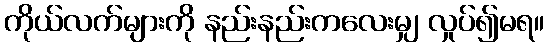
ကိုယ်လက်များကို နည်းနည်းကလေးမျှ လှုပ်၍မရ။